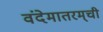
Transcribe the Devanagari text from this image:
वंदेमातरम्‌ची